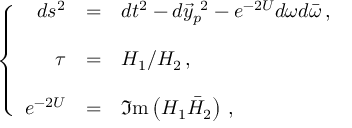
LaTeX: \left\{ \begin{array} { r c l } { { d s ^ { 2 } } } & { { = } } & { { d t ^ { 2 } - d \vec { y } _ { p } ^ { \ 2 } - e ^ { - 2 U } d \omega d \bar { \omega } \, , } } \\ { { } } & { { } } & { { } } \\ { { \tau } } & { { = } } & { { { \cal H } _ { 1 } / { \cal H } _ { 2 } \, , } } \\ { { } } & { { } } & { { } } \\ { { e ^ { - 2 U } } } & { { = } } & { { \Im \mathrm { m } \left( { \cal H } _ { 1 } \bar { \cal H } _ { 2 } \right) \, , } } \end{array} \right.